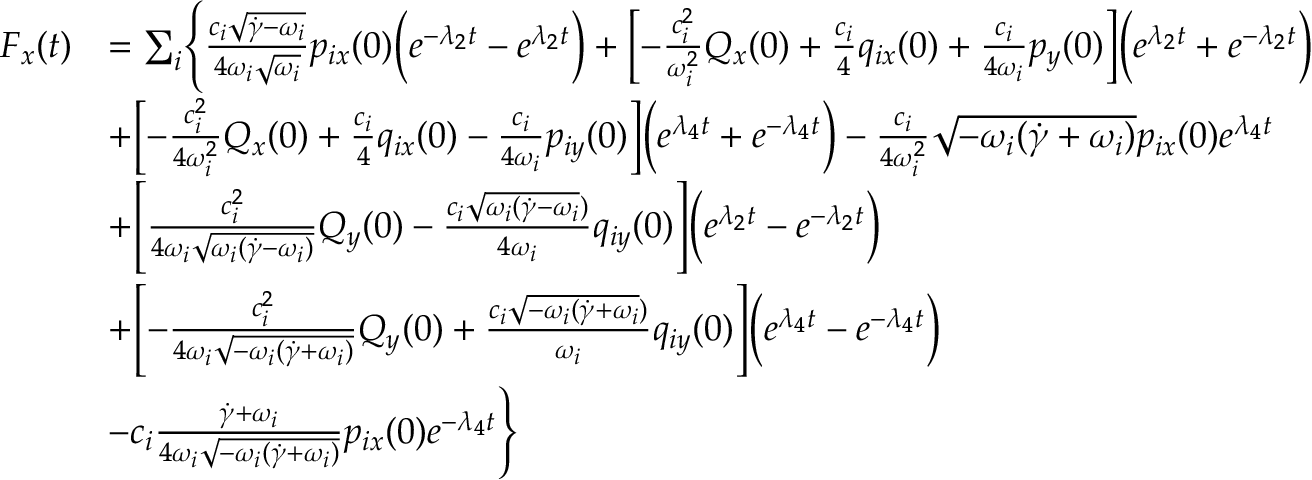
\begin{array} { r l } { F _ { x } ( t ) } & { = \sum _ { i } \Biggl \{ \frac { c _ { i } \sqrt { \dot { \gamma } - \omega _ { i } } } { 4 \omega _ { i } \sqrt { \omega _ { i } } } p _ { i x } ( 0 ) \Bigl ( e ^ { - \lambda _ { 2 } t } - e ^ { \lambda _ { 2 } t } \Bigr ) + \Bigl [ - \frac { c _ { i } ^ { 2 } } { \omega _ { i } ^ { 2 } } Q _ { x } ( 0 ) + \frac { c _ { i } } { 4 } q _ { i x } ( 0 ) + \frac { c _ { i } } { 4 \omega _ { i } } p _ { y } ( 0 ) \Bigr ] \Bigl ( e ^ { \lambda _ { 2 } t } + e ^ { - \lambda _ { 2 } t } \Bigr ) } \\ & { + \Bigl [ - \frac { c _ { i } ^ { 2 } } { 4 \omega _ { i } ^ { 2 } } Q _ { x } ( 0 ) + \frac { c _ { i } } { 4 } q _ { i x } ( 0 ) - \frac { c _ { i } } { 4 \omega _ { i } } p _ { i y } ( 0 ) \Bigr ] \Bigl ( e ^ { \lambda _ { 4 } t } + e ^ { - \lambda _ { 4 } t } \Bigr ) - \frac { c _ { i } } { 4 \omega _ { i } ^ { 2 } } \sqrt { - \omega _ { i } ( \dot { \gamma } + \omega _ { i } ) } p _ { i x } ( 0 ) e ^ { \lambda _ { 4 } t } } \\ & { + \Biggl [ \frac { c _ { i } ^ { 2 } } { 4 \omega _ { i } \sqrt { \omega _ { i } ( \dot { \gamma } - \omega _ { i } ) } } Q _ { y } ( 0 ) - \frac { c _ { i } \sqrt { \omega _ { i } ( \dot { \gamma } - \omega _ { i } } ) } { 4 \omega _ { i } } q _ { i y } ( 0 ) \Biggr ] \Bigr ( e ^ { \lambda _ { 2 } t } - e ^ { - \lambda _ { 2 } t } \Bigr ) } \\ & { + \Biggl [ - \frac { c _ { i } ^ { 2 } } { 4 \omega _ { i } \sqrt { - \omega _ { i } ( \dot { \gamma } + \omega _ { i } ) } } Q _ { y } ( 0 ) + \frac { c _ { i } \sqrt { - \omega _ { i } ( \dot { \gamma } + \omega _ { i } } ) } { \omega _ { i } } q _ { i y } ( 0 ) \Biggr ] \Bigr ( e ^ { \lambda _ { 4 } t } - e ^ { - \lambda _ { 4 } t } \Bigr ) } \\ & { - c _ { i } \frac { \dot { \gamma } + \omega _ { i } } { 4 \omega _ { i } \sqrt { - \omega _ { i } ( \dot { \gamma } + \omega _ { i } ) } } p _ { i x } ( 0 ) e ^ { - \lambda _ { 4 } t } \Biggr \} } \end{array}